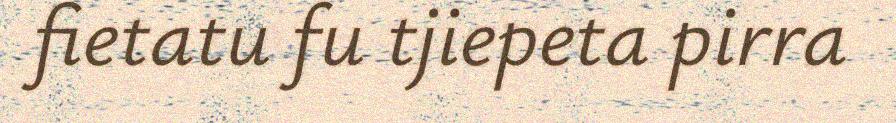
fietatu fu tjiepeta pirra